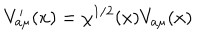
V _ { a \mu } ^ { \prime } ( x ) = \chi ^ { 1 / 2 } ( x ) V _ { a \mu } ( x )